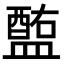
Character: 𥂧